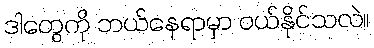
ဒါတွေကို ဘယ်နေရာမှာ ဝယ်နိုင်သလဲ။